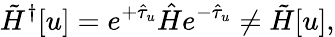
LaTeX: \tilde{H}^{\dagger}[u]=e^{+\hat{\tau}_{u}}\hat{H}e^{-\hat{\tau}_{u}}\ne\tilde{H}[u],